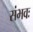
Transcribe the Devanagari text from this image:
संभवः